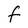
Character: f